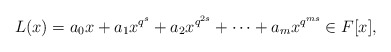
\begin{align*}L(x)=a_0x+a_1x^{q^s}+a_2x^{q^{2s}}+\cdots+a_m x^{q^{ms}} \in F[x],\end{align*}